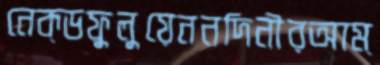
নেক্ডফুলুয়েননদিনীরআম্